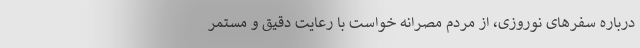
درباره سفرهای نوروزی، از مردم مصرانه خواست با رعایت دقیق و مستمر